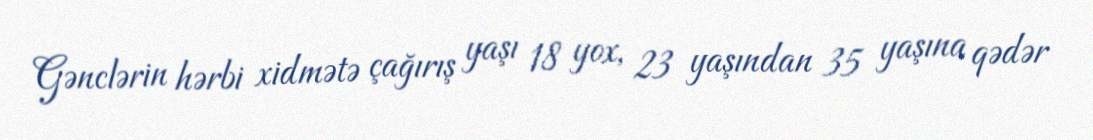
Gənclərin hərbi xidmətə çağırış yaşı 18 yox, 23 yaşından 35 yaşına qədər